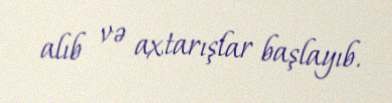
alıb və axtarışlar başlayıb.